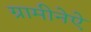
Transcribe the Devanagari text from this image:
ग्रामीनेऐ